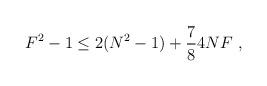
LaTeX: \begin{align*} F^2 -1 \le2(N^2-1) +\frac{7}{8} 4NF\ ,\end{align*}